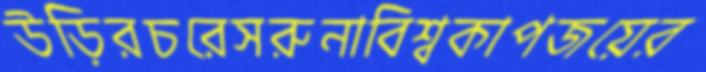
উড়িরচরেসরুনাবিশ্বকাপজয়ের